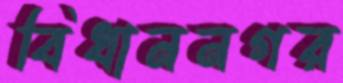
বিধাননগর